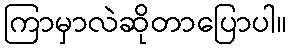
ကြာမှာလဲဆိုတာပြောပါ။